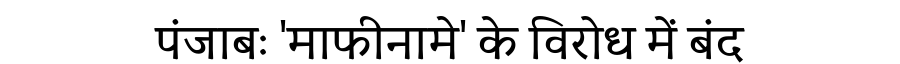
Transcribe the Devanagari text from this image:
पंजाबः 'माफीनामे' के विरोध में बंद